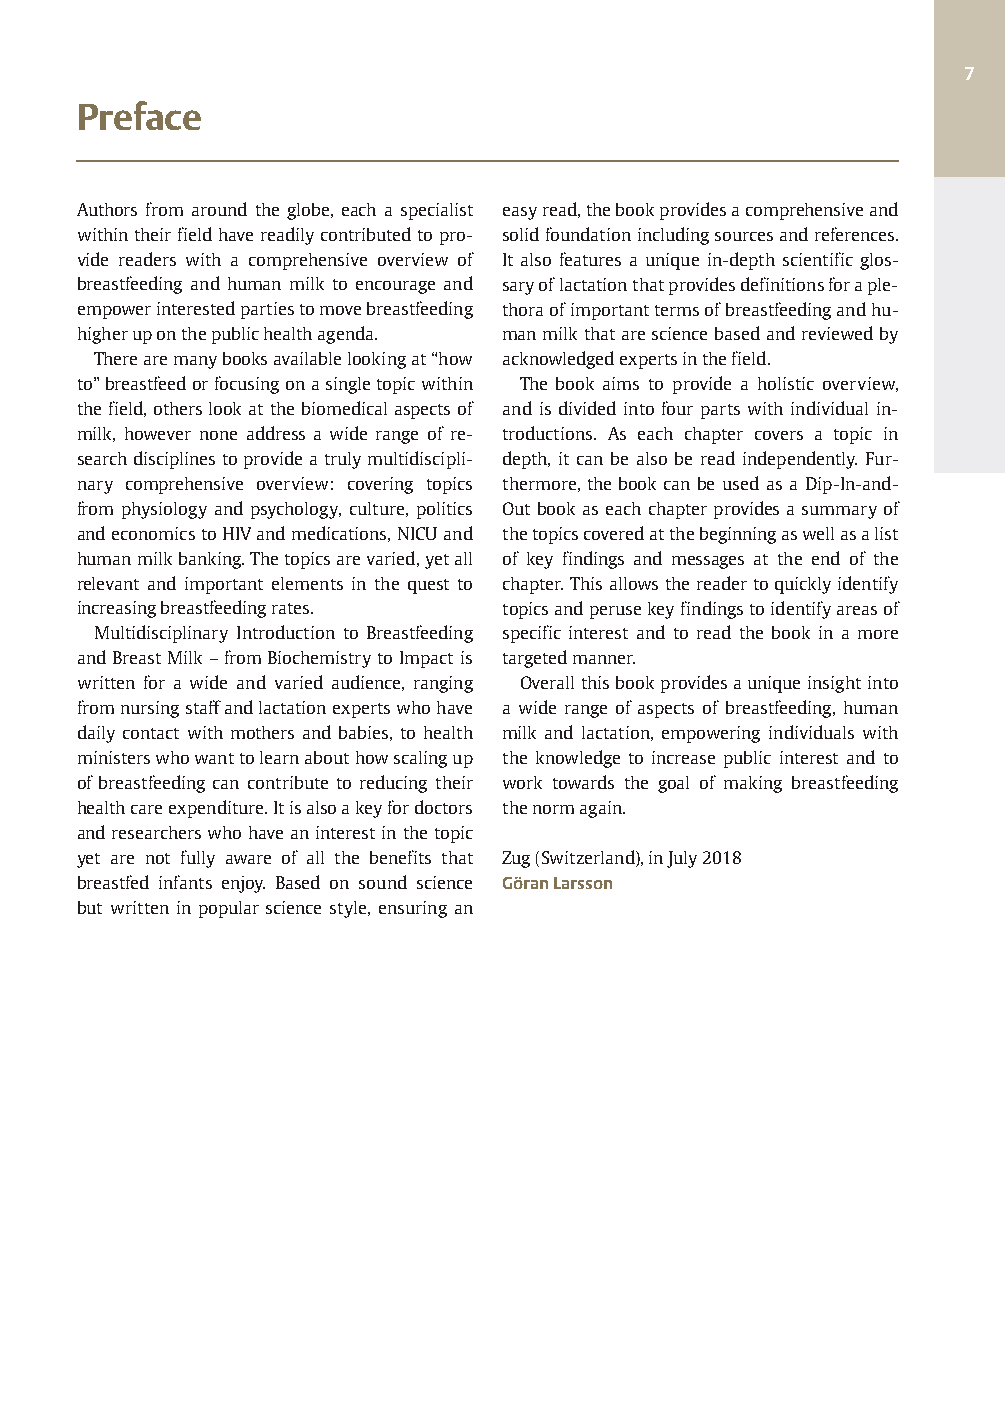
7
 Preface
 Authors from around the globe, each a specialist easyread,thebookprovidesacomprehensiveand
 withintheirfieldhavereadilycontributedtopro- solidfoundationincludingsourcesandreferences.
 vide readers with a comprehensive overview of It also features a unique in-depth scientific glos-
 breastfeeding and human milk to encourage and saryoflactationthatprovidesdefinitionsforaple-
 empowerinterestedpartiestomovebreastfeeding thoraofimportanttermsofbreastfeedingandhu-
 higheruponthepublichealthagenda. manmilkthataresciencebasedandreviewedby
 Therearemanybooksavailablelookingat“how acknowledgedexpertsinthefield.
 to”breastfeedorfocusingonasingletopicwithin The book aims to provide a holistic overview,
 thefield,otherslookat thebiomedicalaspectsof and is divided into four parts with individual in-
 milk, however none address a wide range of re- troductions. As each chapter covers a topic in
 searchdisciplinestoprovideatrulymultidiscipli- depth, it can be also be read independently. Fur-
 nary comprehensive overview: covering topics thermore, the bookcan be used as a Dip-In-and-
 from physiology and psychology, culture, politics Out book as eachchapter provides a summaryof
 andeconomicstoHIVandmedications,NICUand thetopicscoveredatthebeginningaswellasalist
 humanmilkbanking.Thetopicsarevaried,yetall of key findings and messages at the end of the
 relevant and important elements in the quest to chapter.Thisallowsthereadertoquicklyidentify
 increasingbreastfeedingrates. topicsandperusekeyfindingstoidentifyareasof
 Multidisciplinary Introduction to Breastfeeding specific interest and to read the book in a more
 andBreastMilk–fromBiochemistrytoImpactis targetedmanner.
 written for a wide and varied audience, ranging Overallthisbookprovidesauniqueinsightinto
 fromnursingstaffandlactationexpertswhohave a wide range of aspects of breastfeeding, human
 daily contact with mothers and babies, to health milk and lactation, empowering individuals with
 ministerswhowanttolearnabouthowscalingup the knowledge to increase public interest and to
 of breastfeeding can contribute to reducing their work towards the goal of making breastfeeding
 healthcareexpenditure.Itisalsoakeyfordoctors thenormagain.
 andresearcherswhohaveaninterestinthetopic
 yet are not fully aware of all the benefits that Zug(Switzerland),inJuly2018
 breastfed infants enjoy. Based on sound science GöranLarsson
 but written in popular science style, ensuring an